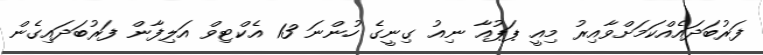
ފަރުބަދައެއްކަމަށްވާއިރު މިއީ ޕަޕުއާ ނިއު ގިނީގެ ހުންނަ 13 އެކްޓިވް އަލިފާން ފަރުބަދައިގެން